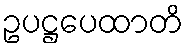
ဥပဋ္ဌပေထာတိ